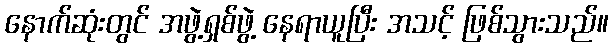
နောက်ဆုံးတွင် အဖွဲ့ရှစ်ဖွဲ့ နေရာယူပြီး အသင့် ဖြစ်သွားသည်။